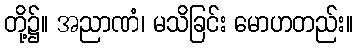
တို့၌။ အညာဏံ၊ မသိခြင်း မောဟတည်း။